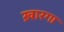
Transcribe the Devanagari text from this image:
ख़ारगा